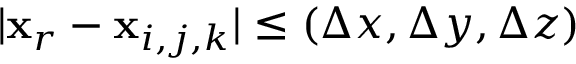
| { \bf x } _ { r } - { \bf x } _ { i , j , k } | \leq ( \Delta x , \Delta y , \Delta z )